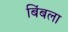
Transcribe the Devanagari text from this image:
बिंबला